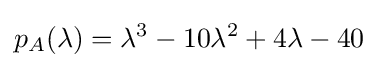
{\displaystyle p_{A}(\lambda )=\lambda ^{3}-10\lambda ^{2}+4\lambda -40}